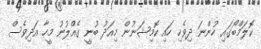
ކޮލަމްބޯގައި ހުންނަ ދިވެހި ހައި ކޮމިޝަނުން މިއަދު ބުނީ ގެއްލުނު މީހާ އަދިވެސް